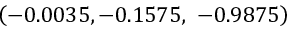
\left( - 0 . 0 0 3 5 , - 0 . 1 5 7 5 , \ - 0 . 9 8 7 5 \right)